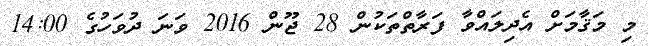
މި މަޤާމަށް އެދިލައްވާ ފަރާތްތަކުން 28 ޖޫން 2016 ވަނަ ދުވަހުގެ 14:00